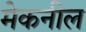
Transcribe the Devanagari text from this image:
मेकनील